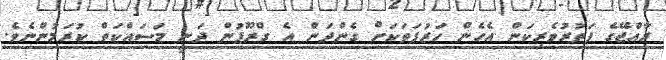
ރާއްޖޭގެ ފަތުރުވެރިކަން އެހެން ހަރުފަތަކަށް ގެންދަން އެ ގްރޫޕުން ދަނީ މަސައްކަތް ކުރަމުންނެވެ.